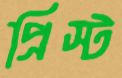
প্রিস্ট